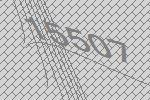
15507